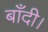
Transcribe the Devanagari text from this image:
बाँदी।